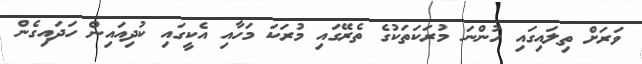
ވަރަށް ތިލައިގައި ހުންނަ މުރަކަތަކުގެ ތެރޭގައި މުރަކަ މަހާއި އެކީގައި ކުދިއައިން ހަދައިގެން